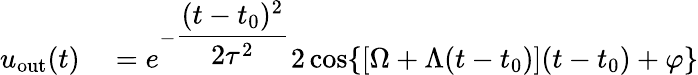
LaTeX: \begin{array}{rl}{u_{\mathrm{out}}(t)}&{{}=e^{-\displaystyle\frac{(t-t_{0})^{2}}{2\tau^{2}}}2\cos\{ [\Omega+\Lambda(t-t_{0})](t-t_{0})+\varphi\} }\end{array}